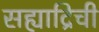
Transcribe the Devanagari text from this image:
सह्याद्रिची